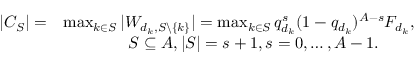
\begin{array} { r l } { | C _ { \cal S } | = } & { \operatorname* { m a x } _ { k \in { \cal S } } | W _ { d _ { k } , { \cal S } \backslash \{ k \} } | = \operatorname* { m a x } _ { k \in { \cal S } } q _ { d _ { k } } ^ { s } ( 1 - q _ { d _ { k } } ) ^ { A - s } F _ { d _ { k } } , } \\ & { \quad \quad \quad \quad { \cal S } \subseteq { \cal A } , | { \cal S } | = s + 1 , s = 0 , \ldots , A - 1 . } \end{array}